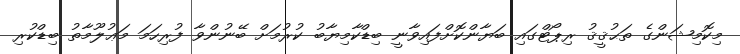
މިކޮމިޝަންގެ ތަޙުޤީޤު ރިޕޯޓްގައި ބަޔާންކޮށްފައިވާނީ ބިޑްކާމިޔާބު ކުރުމަށް ބޭނުންވާ ފުރިހަމަ މަޢުލޫމާތު ބިޑްކުރި